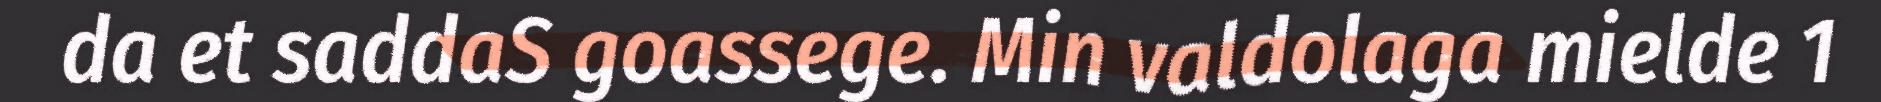
da et saddaS goassege. Min valdolaga mielde 1